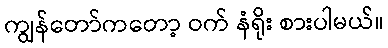
ကျွန်တော်ကတော့ ဝက် နံရိုး စားပါမယ်။